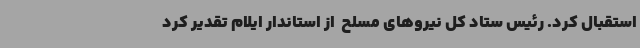
استقبال کرد. رئیس ستاد کل نیروهای مسلح  از استاندار ایلام تقدیر کرد